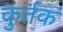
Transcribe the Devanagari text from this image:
कुर्तक